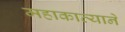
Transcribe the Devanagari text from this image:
महाकाव्याने